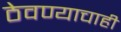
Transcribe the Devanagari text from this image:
ठेवण्याचाही